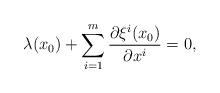
LaTeX: \begin{align*}\lambda(x_0) + \sum_{i=1}^m \frac{\partial \xi^i(x_0)}{\partial x^i} = 0,\end{align*}